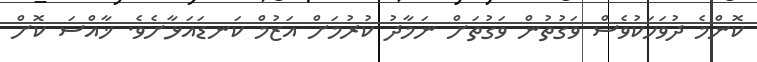
ކޮންމެ ދުވަހަކުވެސް ވަގުތުން ވަގުތަށް ނަމާދު ކުރުމަށް އަޒުމް ކަނޑައަޅާށެވެ. ޚާއްސަ ކޮށް